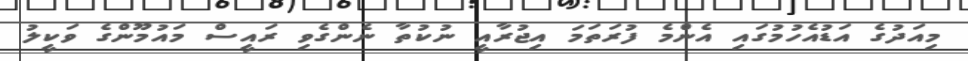
މިއަދުގެ އަޑުއެހުމުގައި އެންމެ ފުރަތަމަ އިޖުރާއީ ނުކުތާ ނެންގެވި ރައީސް މައުމޫންގެ ވަކީލު